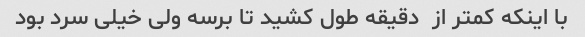
با اینکه کمتر از  دقیقه طول کشید تا برسه ولی خیلی سرد بود